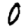
Digit: 0